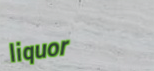
liquor